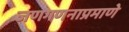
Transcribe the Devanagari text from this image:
जणगणनाप्रमाणे